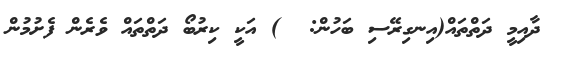
ދާއިމީ ދަތްތައް(އިނގިރޭސި ބަހުން:  ) އަކީ ކިރުބޯ ދަތްތައް ވެރެން ފެށުމުން